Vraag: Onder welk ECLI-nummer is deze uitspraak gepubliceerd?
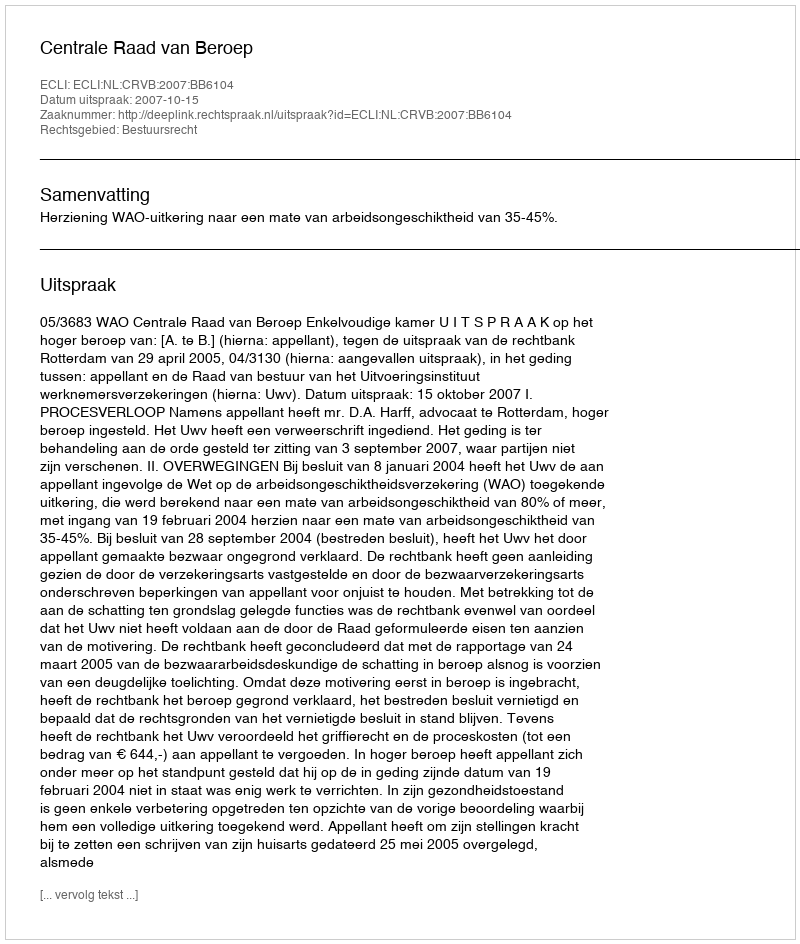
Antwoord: ECLI:NL:CRVB:2007:BB6104